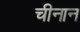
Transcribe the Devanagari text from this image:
चीनान